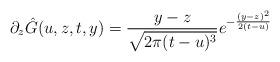
LaTeX: \begin{align*}\partial_z\hat{G}(u,z,t,y)=\frac{y-z}{\sqrt{2\pi (t-u)^3}} e^{-\frac{(y-z)^2}{2(t-u)}}\end{align*}